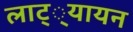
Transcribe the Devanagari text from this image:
लाट््यायन